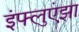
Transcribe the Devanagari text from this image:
इंफ्लुएंझा